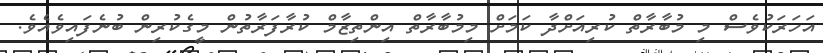
އަހަރަކުވެސް މި މުބާރާތް ކުރިއަށްދާ ކަމަށް މިމުބާރާތް އިންތިޒާމް ކުރާފަރާތުން މީގެކުރިން ބުނެފައިވެއެވެ.